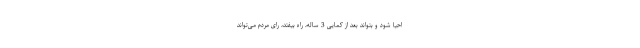
احیا شود و بتواند بعد از کمایی 3 ساله، راه بیفتد، رای مردم می‌تواند